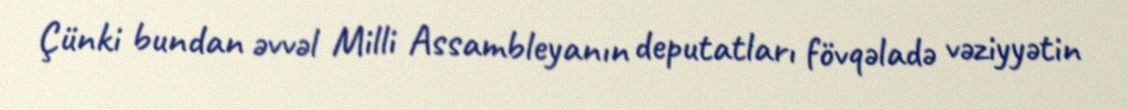
Çünki bundan əvvəl Milli Assambleyanın deputatları fövqəladə vəziyyətin